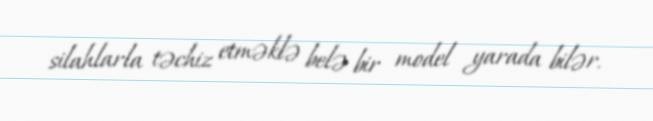
silahlarla təchiz etməklə belə bir model yarada bilər.